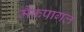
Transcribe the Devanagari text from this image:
मैकपागल